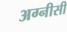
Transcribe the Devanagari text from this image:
अग्नीसी